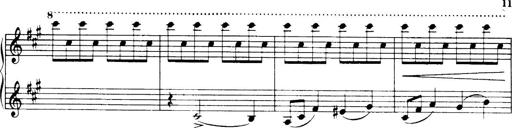
Title: 3 Sonatinas, Op.67
Composer: Jean Sibelius